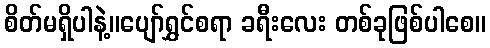
စိတ်မရှိပါနဲ့။ပျော်ရွှင်စရာ ခရီးလေး တစ်ခုဖြစ်ပါစေ။